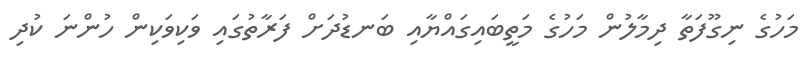
މަހުގެ ނިގޫފަތާ ދިމާލުން މަހުގެ މަތީބައިގައްޔާއި ބަނޑުދަށް ފަރާތުގައި ވަކިވަކިން ހުންނަ ކުދި